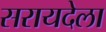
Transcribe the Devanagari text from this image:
सरायदेला